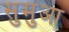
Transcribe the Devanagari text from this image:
सुमुआ